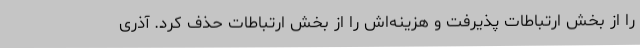
را از بخش ارتباطات پذیرفت و هزینه‌اش را از بخش ارتباطات حذف کرد. آذری